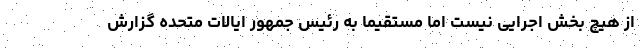
از هیچ بخش اجرایی نیست اما مستقیماً به رئیس جمهور ایالات متحده گزارش